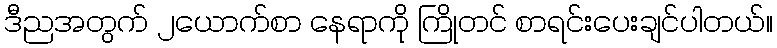
ဒီညအတွက် ၂ယောက်စာ နေရာကို ကြိုတင် စာရင်းပေးချင်ပါတယ်။